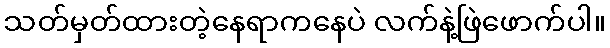
သတ်မှတ်ထားတဲ့နေရာကနေပဲ လက်နဲ့ဖြဲဖောက်ပါ။